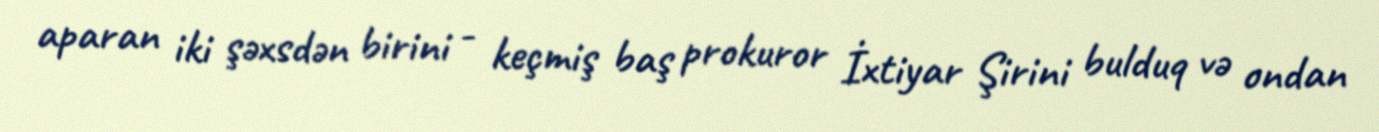
aparan iki şəxsdən birini - keçmiş baş prokuror İxtiyar Şirini bulduq və ondan